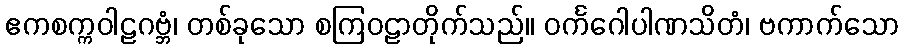
ဧကစက္ကဝါဠဂဗ္ဘံ၊ တစ်ခုသော စကြဝဠာတိုက်သည်။ ဝင်္ကဂေါပါဏသိတံ၊ ဗကာက်သော